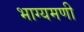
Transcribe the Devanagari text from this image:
भाग्यमणी